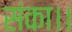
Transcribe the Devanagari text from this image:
संका।।